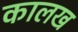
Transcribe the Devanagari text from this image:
कालख